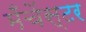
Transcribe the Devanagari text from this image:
मँचेंस्टर